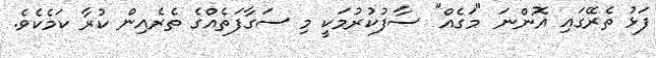
ފަޅު ތެރޭގައި އޮންނަ "މަގެއް" ސާފުކުރުމަކީ މި ސަގާފަތެއްގެ ތެރެއިން ކުރާ ކަމެކެވެ.